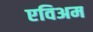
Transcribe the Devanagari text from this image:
एविअम